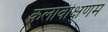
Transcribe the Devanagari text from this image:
कलावीक्षणम